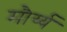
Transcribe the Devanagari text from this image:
मौर्य्य